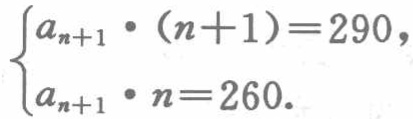
$\begin{cases}a_{n + 1}\cdot(n + 1)=290,\\a_{n + 1}\cdot n=260.\end{cases}$